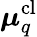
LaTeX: \boldsymbol{\mu}_{q}^{\mathrm{cl}}